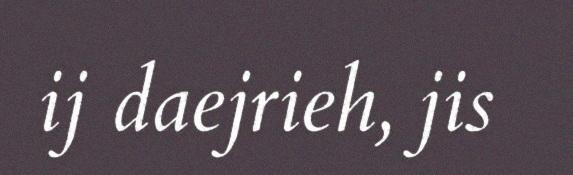
ij daejrieh, jis